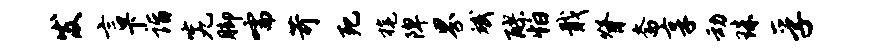
发言下诣究脚嚅苛死旄陴界斌醪怕戢脊斋享动珠孚